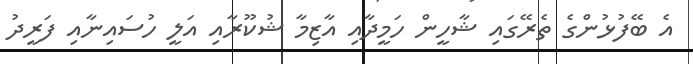
އެ ބޭފުޅުންގެ ތެރޭގައި ޝާހީން ހަމީދާއި އާޒިމާ ޝުކޫރާއި އަލީ ހުސައިނާއި ފަރީދު